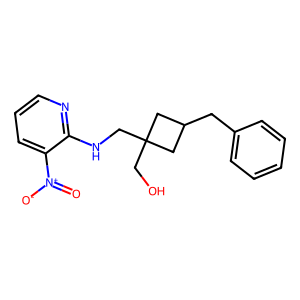
SMILES: O=[N+]([O-])c1cccnc1NCC1(CO)CC(Cc2ccccc2)C1
Inhibits HIV replication: No